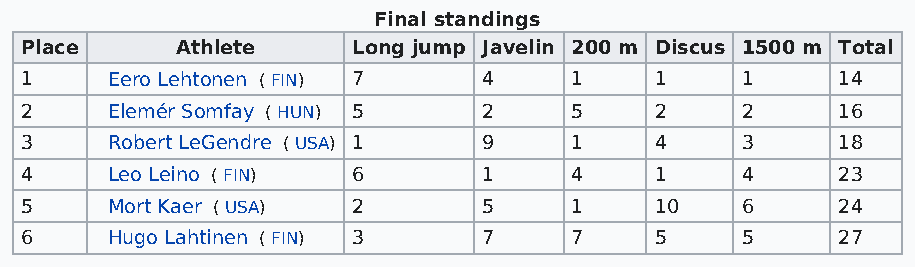
Final standings
 Place      Athlete    Long jump Javelin 200 m Discus 1500 m Total
 1     Eero Lehtonen ( FIN) 7   4     1    1     1     14
 2     Elemér Somfay ( HUN) 5   2     5    2     2     16
 3     Robert LeGendre ( USA) 1 9     1    4     3     18
 4     Leo Leino ( FIN) 6       1     4    1     4     23
 5     Mort Kaer ( USA) 2       5     1    10    6     24
 6     Hugo Lahtinen ( FIN) 3   7     7    5     5     27